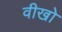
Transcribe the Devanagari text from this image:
वीखो